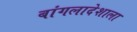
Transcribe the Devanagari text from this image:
बांगलादेशाला